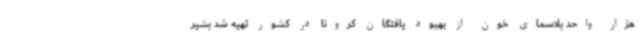
هزار واحد پلاسمای خون از بهبود یافتگان کرونا در کشور تهیه شد بشیر